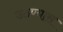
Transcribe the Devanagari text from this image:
उठण्यास